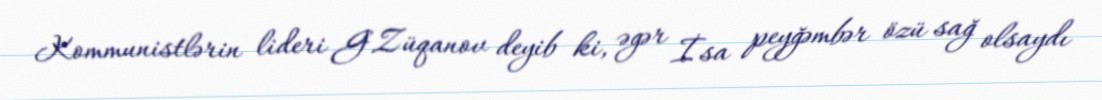
Kommunistlərin lideri G.Züqanov deyib ki, əgər İsa peyğəmbər özü sağ olsaydı